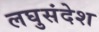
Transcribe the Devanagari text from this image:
लघुसंदेश